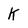
Character: K